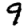
Digit: 9